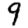
Digit: 9